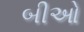
બીઓ